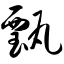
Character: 甄